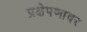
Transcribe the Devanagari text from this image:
प्रक्षेपणावर